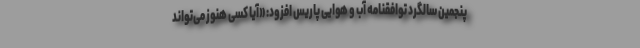
پنجمین سالگرد توافقنامه آب و هوایی پاریس افزود: «آیا کسی هنوز می‌تواند